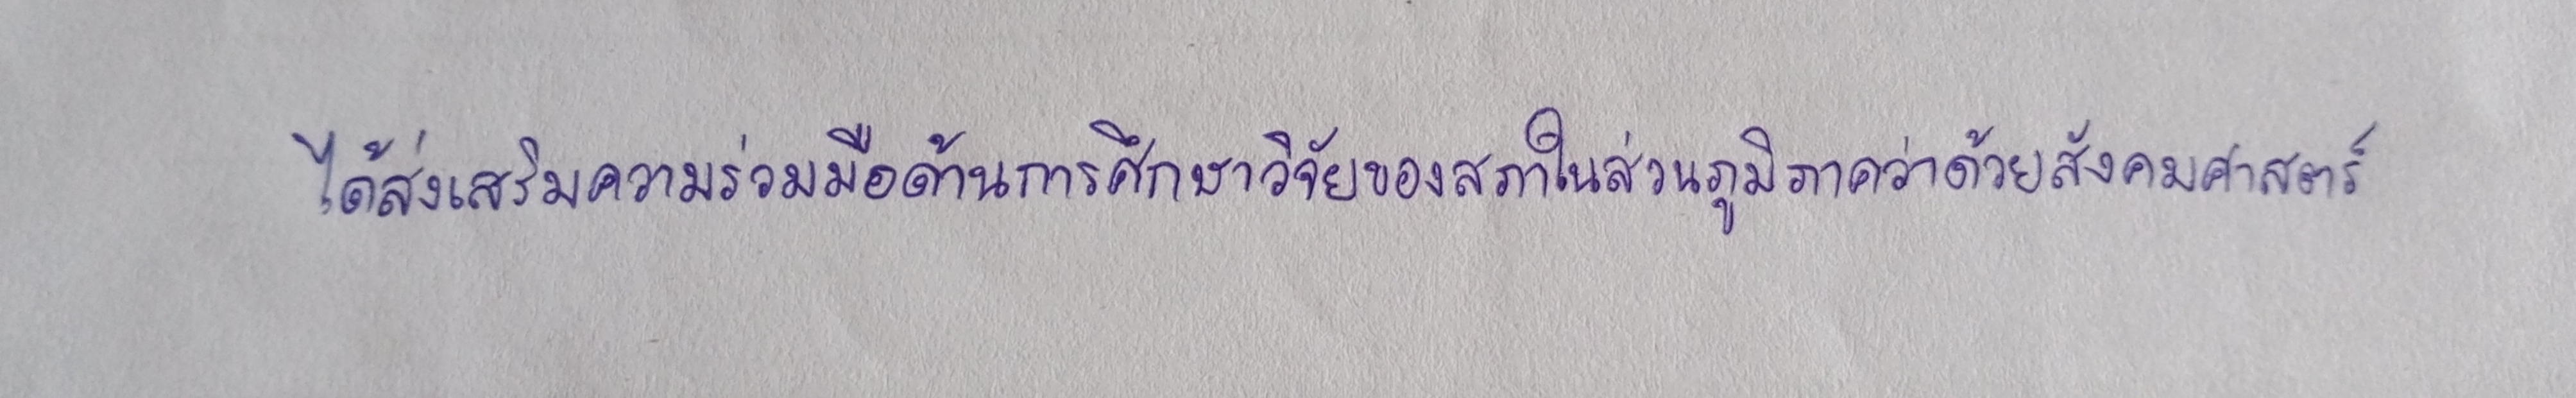
ได้ส่งเสริมความร่วมมือด้านการศึกษาวิจัยของสภาในส่วนภูมิภาคว่าด้วยสังคมศาสตร์